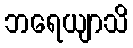
ဘရေယျာသိ